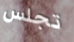
تجلس